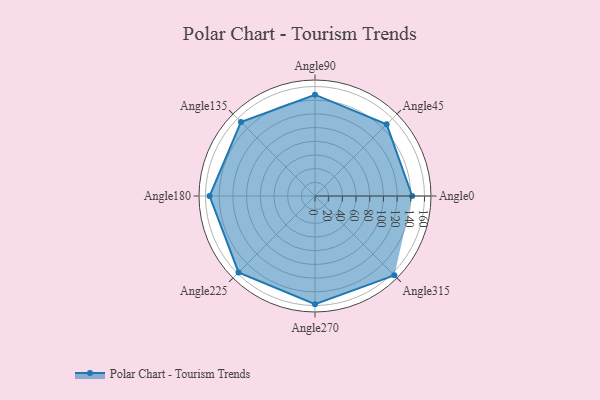
{"axis": {"x": "Angle", "y": "Radius"}, "legend": [""], "data": [{"x": "Angle0", "y": 142.0, "type": ""}, {"x": "Angle45", "y": 148.0, "type": ""}, {"x": "Angle90", "y": 148.0, "type": ""}, {"x": "Angle135", "y": 153.0, "type": ""}, {"x": "Angle180", "y": 154.0, "type": ""}, {"x": "Angle225", "y": 158.0, "type": ""}, {"x": "Angle270", "y": 158.0, "type": ""}, {"x": "Angle315", "y": 164.0, "type": ""}]}